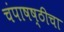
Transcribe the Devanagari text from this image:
चंपाषष्ठीचा